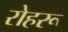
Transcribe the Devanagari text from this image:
रोहरू